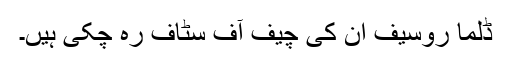
ڈِلما روسیف ان کی چیف آف سٹاف رہ چکی ہیں۔